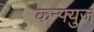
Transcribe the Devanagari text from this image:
कन्फ्युज